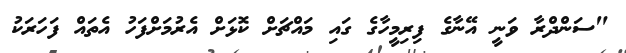
"ސަންދްރާ ވަނީ އޭނާގެ ފިރިމީހާގެ ގައި މައްޗަށް ކޮޅަށް އެރުމަށްފަހު އެތައް ފަހަރަކު